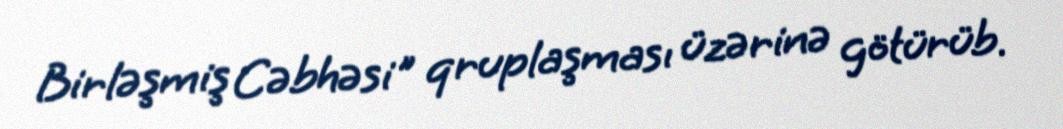
Birləşmiş Cəbhəsi" qruplaşması üzərinə götürüb.